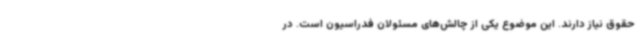
حقوق نیاز دارند. این موضوع یکی از چالش‌های مسئولان فدراسیون است. در